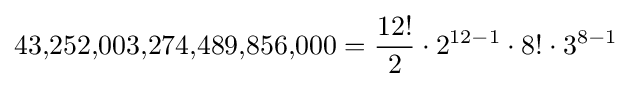
43{,}252{,}003{,}274{,}489{,}856{,}000\,\!={\frac {12!}{2}}\cdot 2^{12-1}\cdot 8!\cdot 3^{8-1}